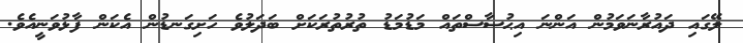
ލޭގައި ދައުރާނަވަމުން އަންނަ އިޙުސާސްތައް މަޑުމަޑު ތުރުތުރަކަށް ބަދަލުވެ ހަށިގަނޑުން އެކަން ފާޅުވަނީއެވެ.